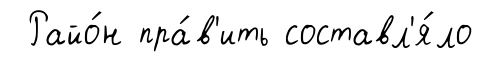
Райо́н пра́в'ить составл'я́ло